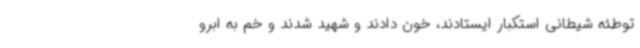
توطئه شیطانی استکبار ایستادند، خون دادند و شهید شدند و خم به ابرو